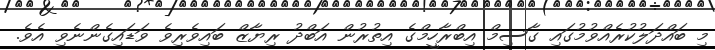
މި ބައްދަލުކުރެއްވުމުގައި ގާސިމް އިބްރާހީމްގެ އިތުރުން އަބްދު ރިޔާޒް ބައިވެރިވެ ވަޑައިގެންނެވި އެވެ.